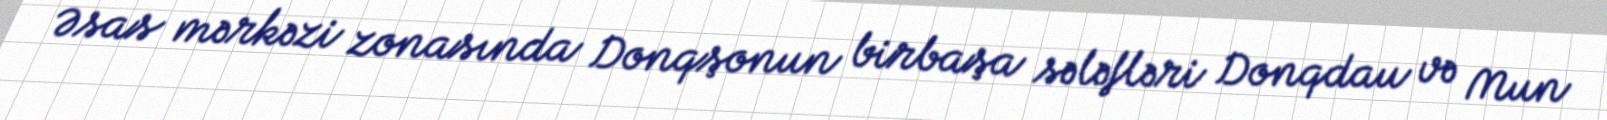
Əsas mərkəzi zonasında Donqşonun birbaşa sələfləri Donqdau və Mun